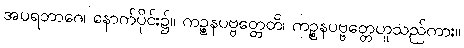
အပရဘာဂေ၊ နောက်ပိုင်း၌။ ကဉ္စနပဗ္ဗတ္တေတိ၊ ကဉ္စနပဗ္ဗတ္တေဟူသည်ကား။